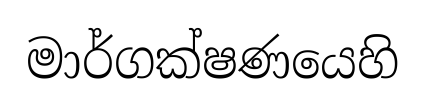
මාර්ගක්ෂණයෙහි